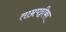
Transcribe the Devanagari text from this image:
ताम्रपट्टीका